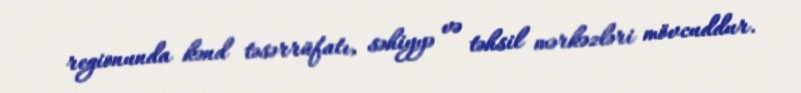
regionunda kənd təsərrüfatı, səhiyyə və təhsil mərkəzləri mövcuddur.